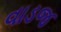
વાડજ